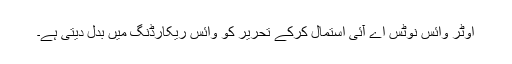
اوٹر وائس نوٹس اے آئی استمال کرکے تحریر کو وائس ریکارڈنگ میں بدل دیتی ہے۔